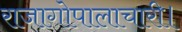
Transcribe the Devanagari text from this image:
राजागोपालाचारी।